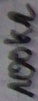
Text: 100KΩ